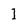
Character: 1